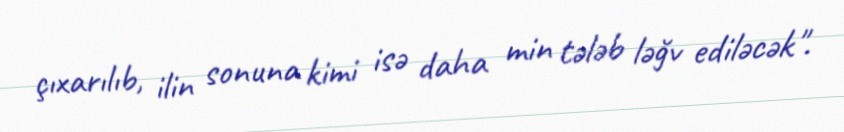
çıxarılıb, ilin sonuna kimi isə daha min tələb ləğv ediləcək".